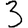
Digit: 3